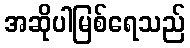
အဆိုပါမြစ်ရေသည်